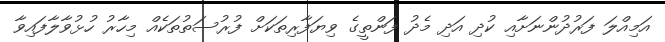
އަމިއްލަ ފަރުދުންނަށާއި ކުދި އަދި މެދު ފަންތީގެ ވިޔަފާރިތަކަށް ފުރުސަތުތަކެއް މިހާރު ހުޅުވާލާފައިވާ